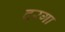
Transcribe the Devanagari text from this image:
दरगा